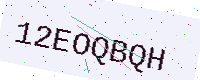
Text: 12EOQBQH